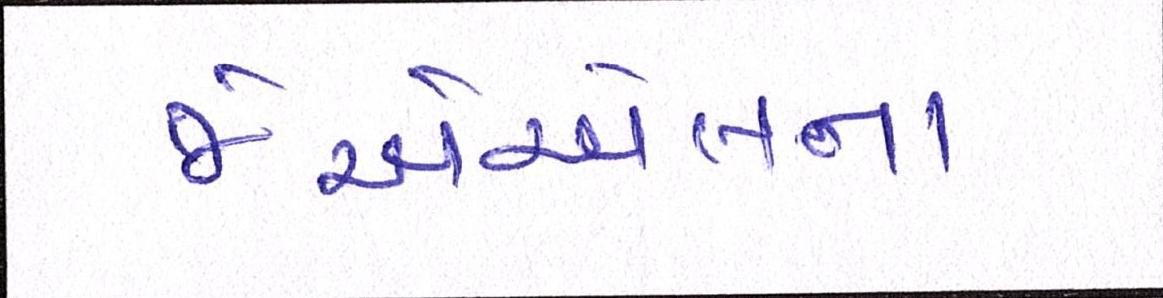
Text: જેએએલના